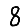
Digit: 8